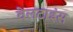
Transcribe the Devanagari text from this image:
वेलटाइंस